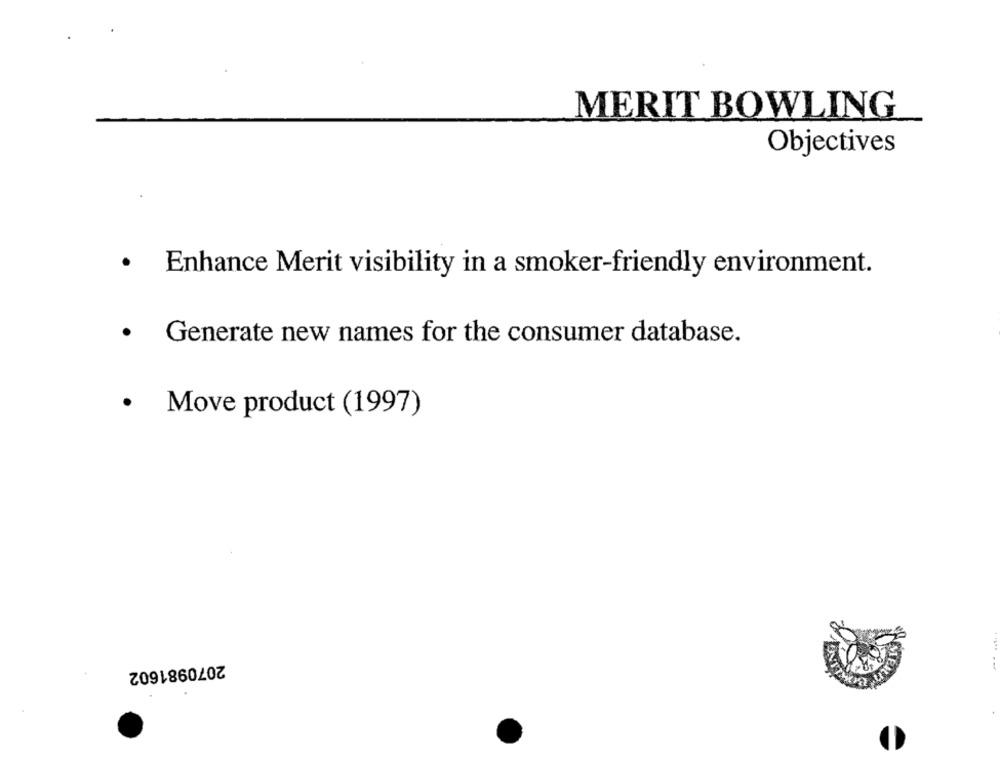
MERIT BOWLING
Objectives
· Enhance Merit visibility in a smoker-friendly environment.
.
Generate new names for the consumer database.
.
Move product (1997)
2070981602